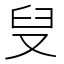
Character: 𪠨